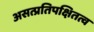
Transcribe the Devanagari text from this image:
असत्प्रतिपक्षितत्व